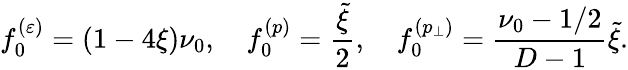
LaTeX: f_{0}^{(\varepsilon)}=(1-4\xi)\nu_{0},\quad f_{0}^{(p)}=\frac{\tilde{\xi}}{2},\quad f_{0}^{(p_{\perp})}=\frac{\nu_{0}-1/2}{D-1}\tilde{\xi}.